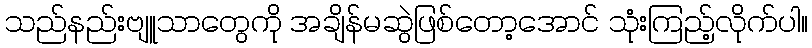
သည်နည်းဗျူသာတွေကို အချိန်မဆွဲဖြစ်တော့အောင် သုံးကြည့်လိုက်ပါ။